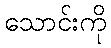
သောင်းကို